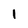
Character: 1